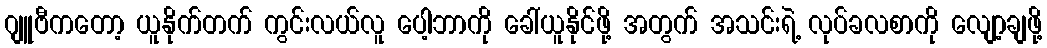
ဂျူဗီကတော့ ယူနိုက်တက် ကွင်းလယ်လူ ပေါ့ဘာကို ခေါ်ယူနိုင်ဖို့ အတွက် အသင်းရဲ့ လုပ်ခလစာကို လျော့ချဖို့